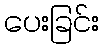
ပေးခြင်း